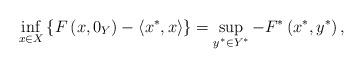
LaTeX: \begin{align*}\mathop {\inf }\limits_{x\in X}\left\{ {F\left( {x,{0_{Y}}}\right)-\left\langle {{x^{\ast }},x}\right\rangle }\right\} =\mathop {\sup }\limits_{{y^{\ast }}\in {Y^{\ast }}}-{F^{\ast }}\left( {{x^{\ast }},{y^{\ast}}}\right) , \end{align*}